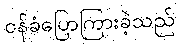
ဝန်ခံပြောကြားခဲ့သည်